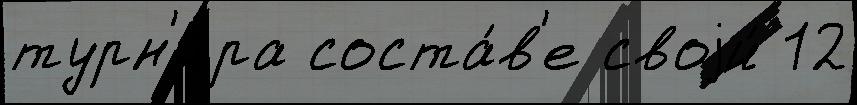
турн'и́ра соста́в'е своjи́ 12